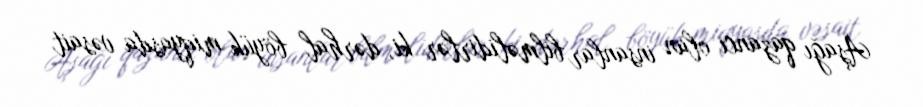
Aşağı qazancı olan insanlar bilməlidirlər ki, dərhal böyük miqyasda vəsait